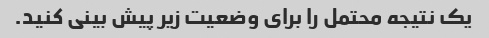
یک نتیجه محتمل را برای وضعیت زیر پیش بینی کنید.